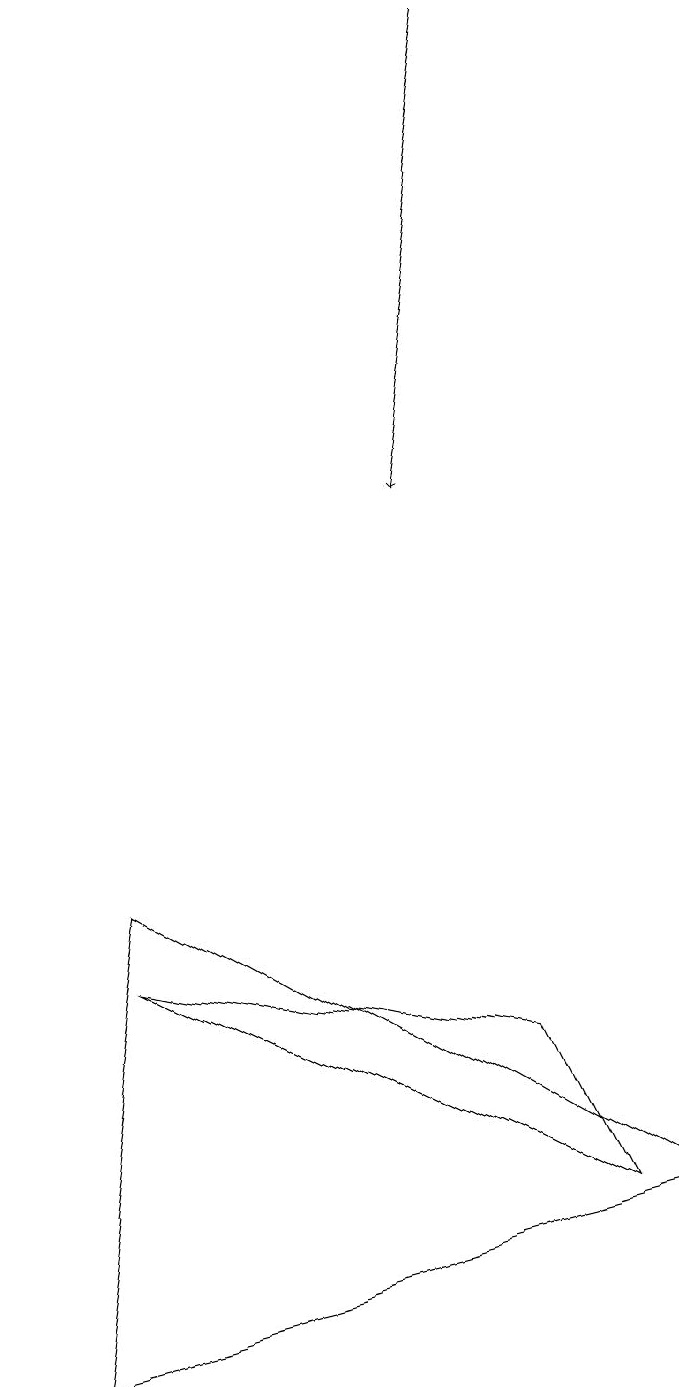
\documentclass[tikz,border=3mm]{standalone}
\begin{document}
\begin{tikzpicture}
\draw (2,7) -- (9,3) -- (1,1) -- cycle;
\draw[->] (7,18) -- (6,12);
\draw (8,3) -- (2,6) -- (7,5) -- cycle;
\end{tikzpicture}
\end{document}